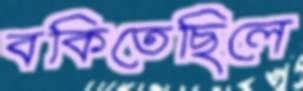
বকিতেছিলে